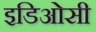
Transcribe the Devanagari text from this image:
इडिओसी